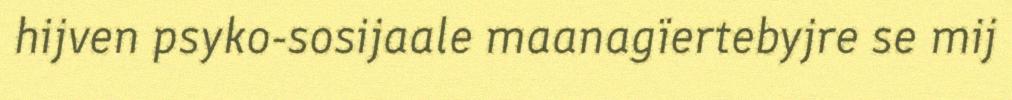
hijven psyko-sosijaale maanagïertebyjre se mij